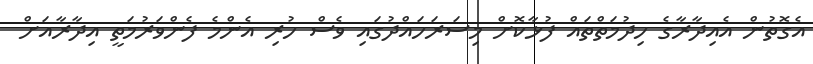
އެގޮތުން އެއިދާރާގެ ހިދުމަތްތައް ފުޅާކޮށް މިސަރަހައްދުގައި ވެސް ހުރި އެންމެ ފެންވަރުމަތީ އިދާރާއަށް